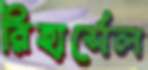
রিহার্সেল